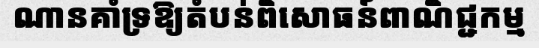
ណានគាំទ្រឱ្យតំបន់ពិសោធន៍ពាណិជ្ជកម្ម